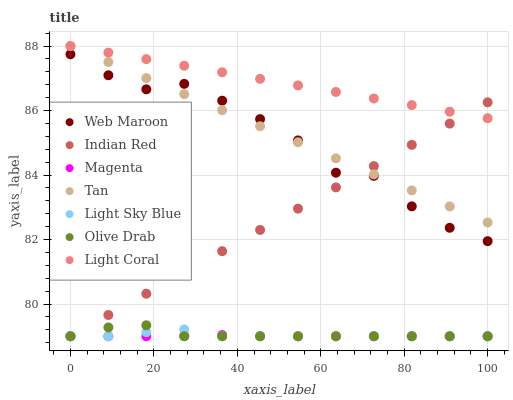
| xaxis_label | Web Maroon | Indian Red | Magenta | Tan | Light Sky Blue | Olive Drab | Light Coral |
 | --- | --- | --- | --- | --- | --- | --- | --- |
 | 0 | 87.7 | 79 | 79 | 88 | 79 | 79 | 88 |
 | 9.09 | 87.1 | 79.7 | 79 | 87.5 | 79 | 79.3 | 87.8 |
 | 18.2 | 86.7 | 80.3 | 79 | 87 | 79.1 | 79.3 | 87.6 |
 | 27.3 | 86.8 | 81 | 79 | 86.5 | 79.2 | 79 | 87.4 |
 | 36.4 | 86.3 | 81.6 | 79 | 86 | 79 | 79 | 87.2 |
 | 45.5 | 85.7 | 82.3 | 79 | 85.5 | 79 | 79 | 87 |
 | 54.5 | 85.1 | 83 | 79 | 85 | 79 | 79 | 86.8 |
 | 63.6 | 84.1 | 83.6 | 79 | 84.5 | 79 | 79 | 86.6 |
 | 72.7 | 84 | 84.3 | 79 | 84 | 79 | 79 | 86.4 |
 | 81.8 | 83 | 84.9 | 79 | 83.5 | 79 | 79 | 86.2 |
 | 90.9 | 82.4 | 85.6 | 79 | 83 | 79 | 79 | 86 |
 | 100 | 81.9 | 86.3 | 79 | 82.5 | 79 | 79 | 85.8 |